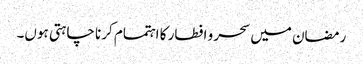
رمضان میں سحر و افطار کا اہتمام کرنا چاہتی ہوں۔